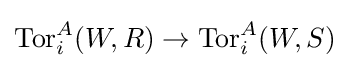
\operatorname {Tor} _{i}^{A}(W,R)\to \operatorname {Tor} _{i}^{A}(W,S)